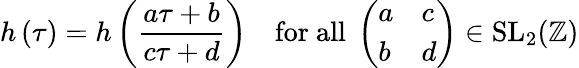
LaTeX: h\left(\tau\right)=h\left({\frac{a\tau+b}{c\tau+d}}\right)\quad{\mathrm{for~all~}}\left({\begin{array}{ll}{a}&{c}\\ {b}&{d}\end{array}}\right)\in{\mathrm{SL}}_{2}(\mathbb{Z})